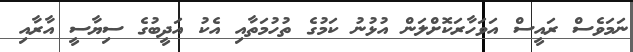
ނަމަވެސް ރައީސް އަވަހާރަކޮށްލަން އުޅުނު ކަމުގެ ތުހުމަތާއި އެކު އަދީބުގެ ސިޔާސީ އާރާއި